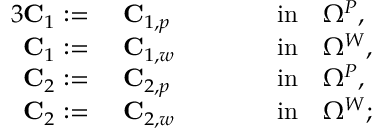
\begin{array} { r l r l } { { 3 } \mathbf { C } _ { 1 } : = } & { ~ \mathbf { C } _ { 1 , p } \qquad } & & { \mathrm { i n } \quad \Omega ^ { P } , } \\ { \mathbf { C } _ { 1 } : = } & { ~ \mathbf { C } _ { 1 , w } \qquad } & & { \mathrm { i n } \quad \Omega ^ { W } , } \\ { \mathbf { C } _ { 2 } : = } & { ~ \mathbf { C } _ { 2 , p } \qquad } & & { \mathrm { i n } \quad \Omega ^ { P } , } \\ { \mathbf { C } _ { 2 } : = } & { ~ \mathbf { C } _ { 2 , w } \qquad } & & { \mathrm { i n } \quad \Omega ^ { W } ; } \end{array}